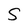
Character: S